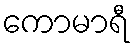
ကောမာရီ